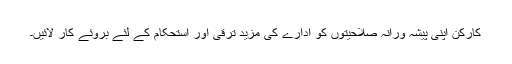
کارکن اپنی پیشہ ورانہ صلاحیتوں کو ادارے کی مزید ترقی اور استحکام کے لئے بروئے کار لائیں۔